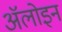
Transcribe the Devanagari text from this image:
ॲलोइन